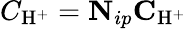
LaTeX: C_{\mathrm{H}^{+}}=\mathbf{N}_{ip}\mathbf{C}_{\mathrm{H}^{+}}